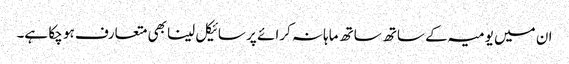
ان میں یومیہ کے ساتھ ساتھ ماہانہ کرائے پر سائیکل لینا بھی متعارف ہو چکا ہے۔